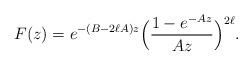
LaTeX: \begin{align*}F(z) = e^{-(B- 2\ell A)z} \Big( \frac{1-e^{-Az}}{Az} \Big)^{2\ell}. \end{align*}